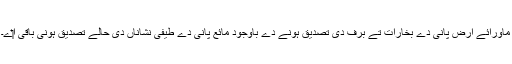
ماورائے ارض پانی دے بخارات تے برف دی تصدیق ہونے دے باوجود مائع پانی دے طیفی نشاناں دی حالے تصدیق ہونی باقی ا‏‏ے۔